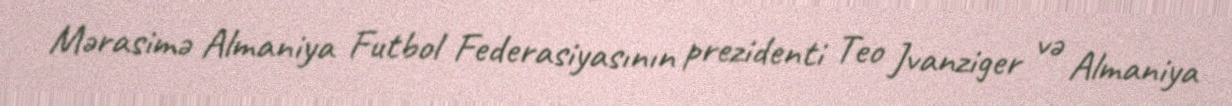
Mərasimə Almaniya Futbol Federasiyasının prezidenti Teo Jvanziger və Almaniya